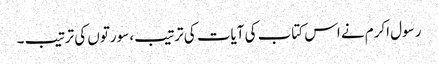
رسول اکرم نے اس کتاب کی آیات کی ترتیب، سورتوں کی ترتیب ۔